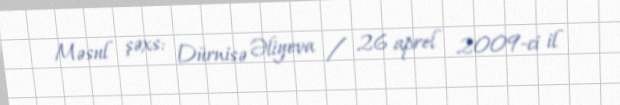
Məsul şəxs: Dürnisə Əliyeva / 26 aprel 2009-ci il